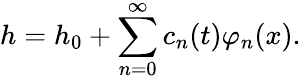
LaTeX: h=h_{0}+\sum_{n=0}^{\infty}c_{n}(t)\varphi_{n}(x).